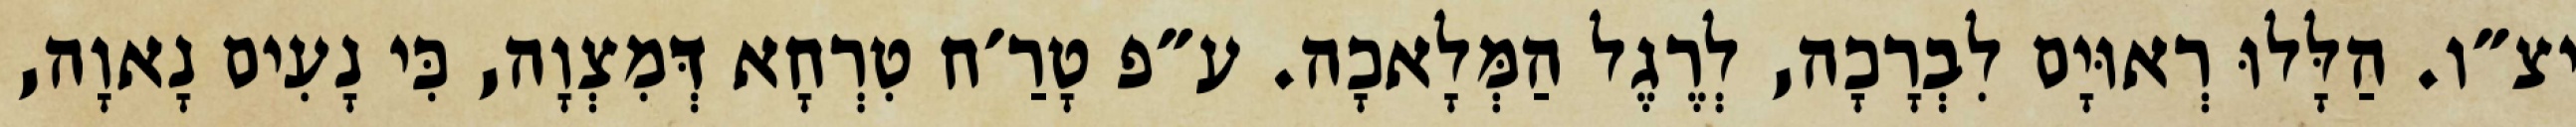
יצ״ו. הַלָּלוּ רְאוּיָם לִבְרָכָה, לְרֶגֶל הַמְּלָאכָה. ע״פ טָרַ׳ח טִרְחָא דְּמִצְוָה, כִּי נָעִים נָאוָה,